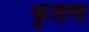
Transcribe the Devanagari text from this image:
कृशण